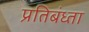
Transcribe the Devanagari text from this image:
प्रतिबंध्ता